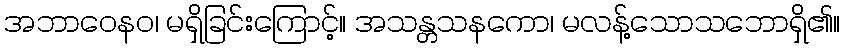
အဘာဝေနဝ၊ မရှိခြင်းကြောင့်။ အသန္တသနကော၊ မလန့်သောသဘောရှိ၏။